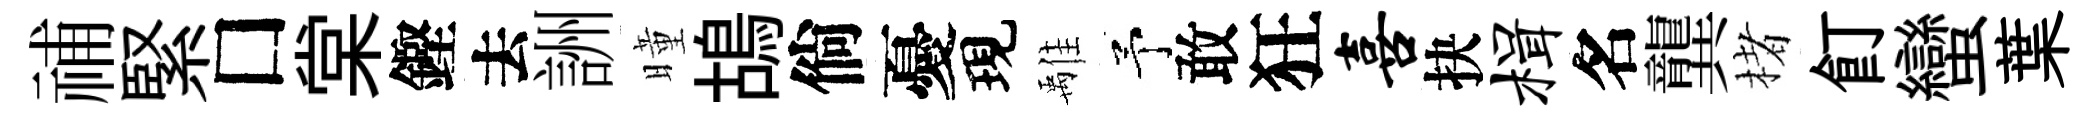
𥙷緊□棠鏗去詶曈鴣倘憂現𩀌予敢狂喜抉楫名龔楮飣蠻葉